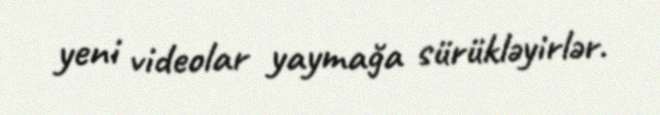
yeni videolar yaymağa sürükləyirlər.